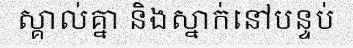
ស្គាល់គ្នា និងស្នាក់នៅបន្ទប់